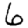
Digit: 6